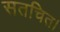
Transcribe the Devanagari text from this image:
सतचित।